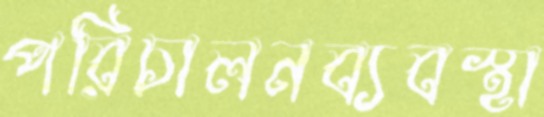
পরিচালনব্যবস্থা